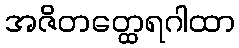
အဇိတတ္ထေရဂါထာ